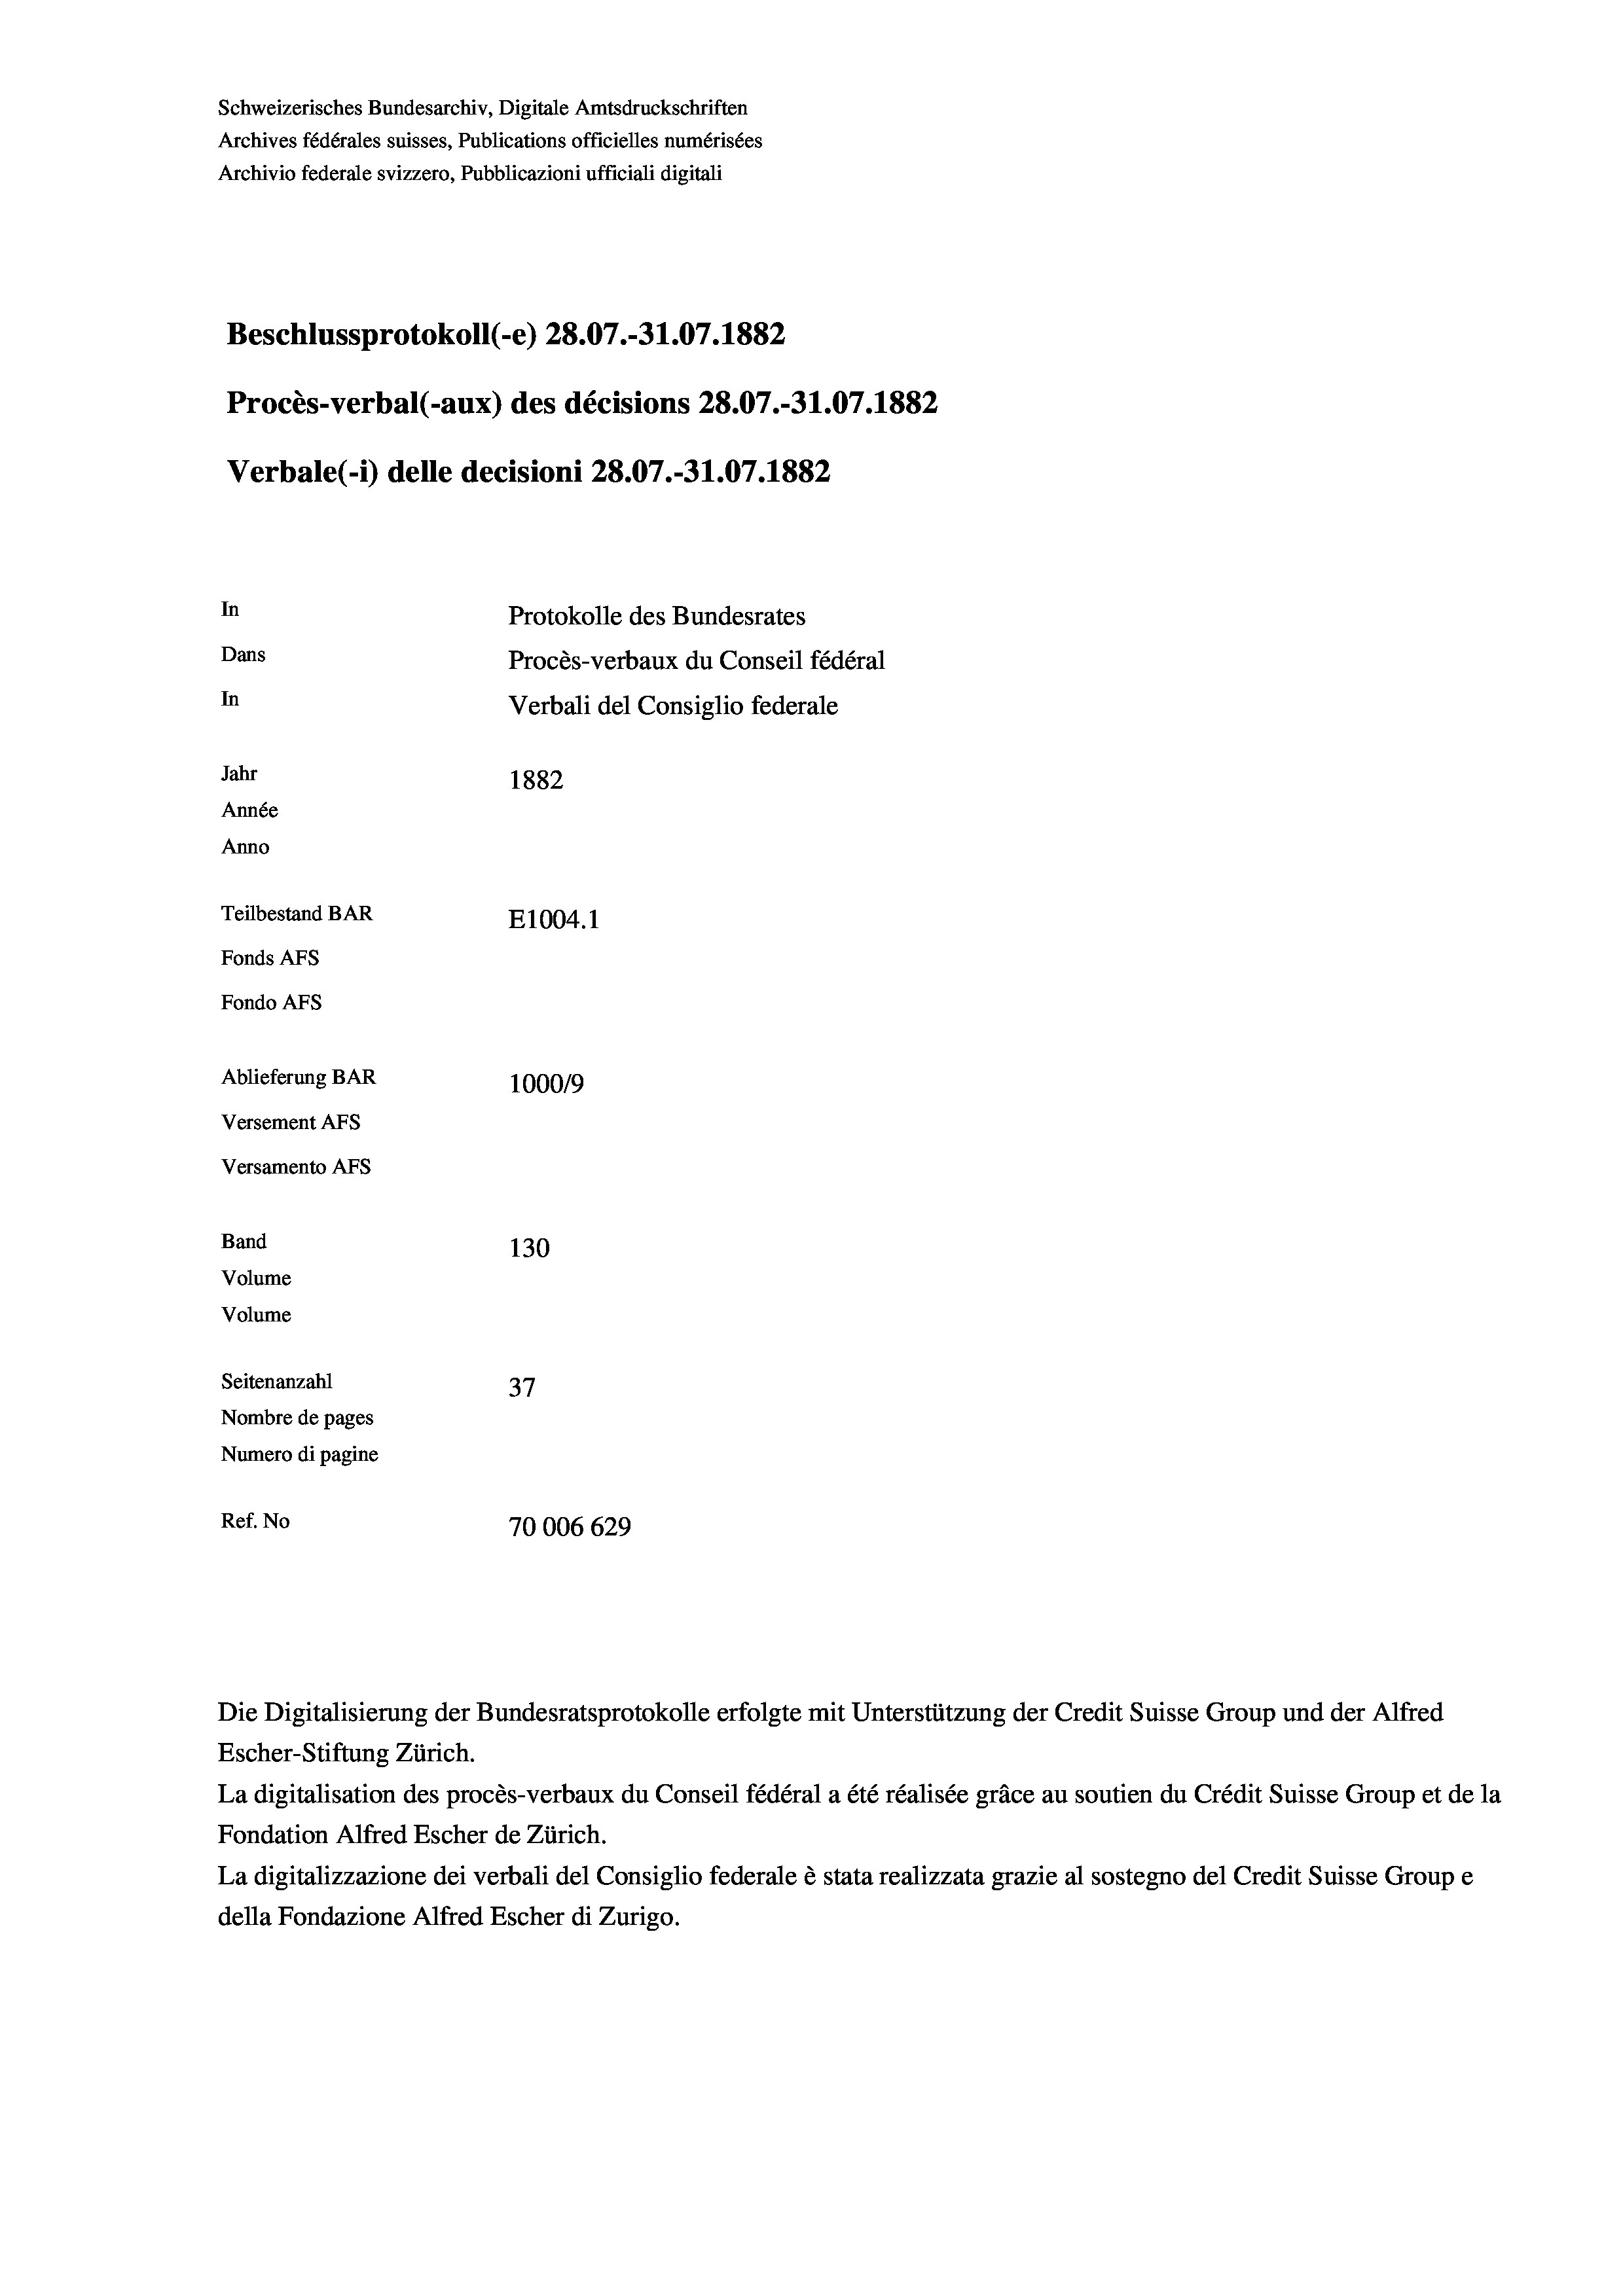
Schweizerisches Bundesarchiv, Digitale Amtsdruckschriften
Archives fédérales suisses, Publications officielles numérisées
Archivio federale svizzero, Pubblicazioni ufficiali digitali
Beschlussprotokoll (e) 28.07.-31.07. 1882
Procès-verbal (-aux) des décisions 28.07.-31.07. 1882
Verbale (- 1) delle decisioni 28.07.-31.07. 1882
In
Protokolle des Bundesrates
Dans
Procès-verbaux du Conseil fédéral
In
Verbali del Consiglio federale
Jahr
1882
Année
Anno
Teilbestand BAR
E1004.1
Fonds AFs
Fondo Afs
Ablieferung BAR
100019
Versement AFs
Versamento Afs
Band
130
Volume
Volume

Seitenanzahl
37
Nombre de pages
Numero di pagine
Ref. No
70006 629

Escher-Stiftung Zürich.
La digitalisation des procès-verbaux du Conseil fédéral a été réalisée gräce au soutien du Crédit Suisse Group et de la
Fondation Alfred Escher de Zürich.
La digitalizzazione dei verbali del Consiglio federale è stata realizzata grazie al sostegno del Credit Suisse Groupe
della Fondazione Alfred Escher di Zurigo.

Die Digitalisierung der Bundesratsprotokolle erfolgte mit Unterstützung der Credit Suisse Group und der Alfred